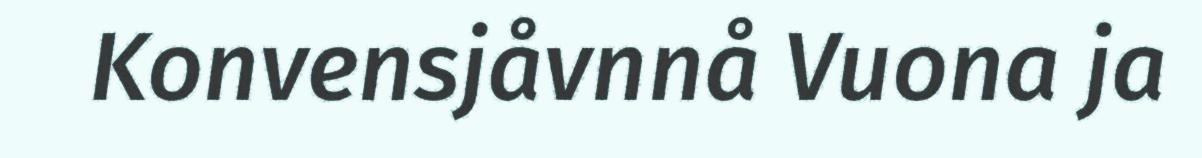
Konvensjåvnnå Vuona ja